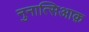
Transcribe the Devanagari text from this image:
नुनात्सिआक़